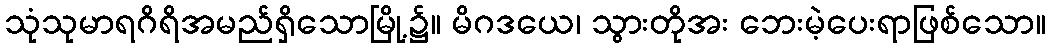
သုံသုမာရဂိရိအမည်ရှိသောမြို့၌။ မိဂဒယေ၊ သွားတိုအး ဘေးမဲ့ပေးရာဖြစ်သော။